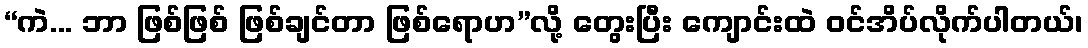
“ကဲ... ဘာ ဖြစ်ဖြစ် ဖြစ်ချင်တာ ဖြစ်ရောဟ”လို့ တွေးပြီး ကျောင်းထဲ ဝင်အိပ်လိုက်ပါတယ်၊